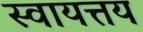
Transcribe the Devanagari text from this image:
स्वायत्तय